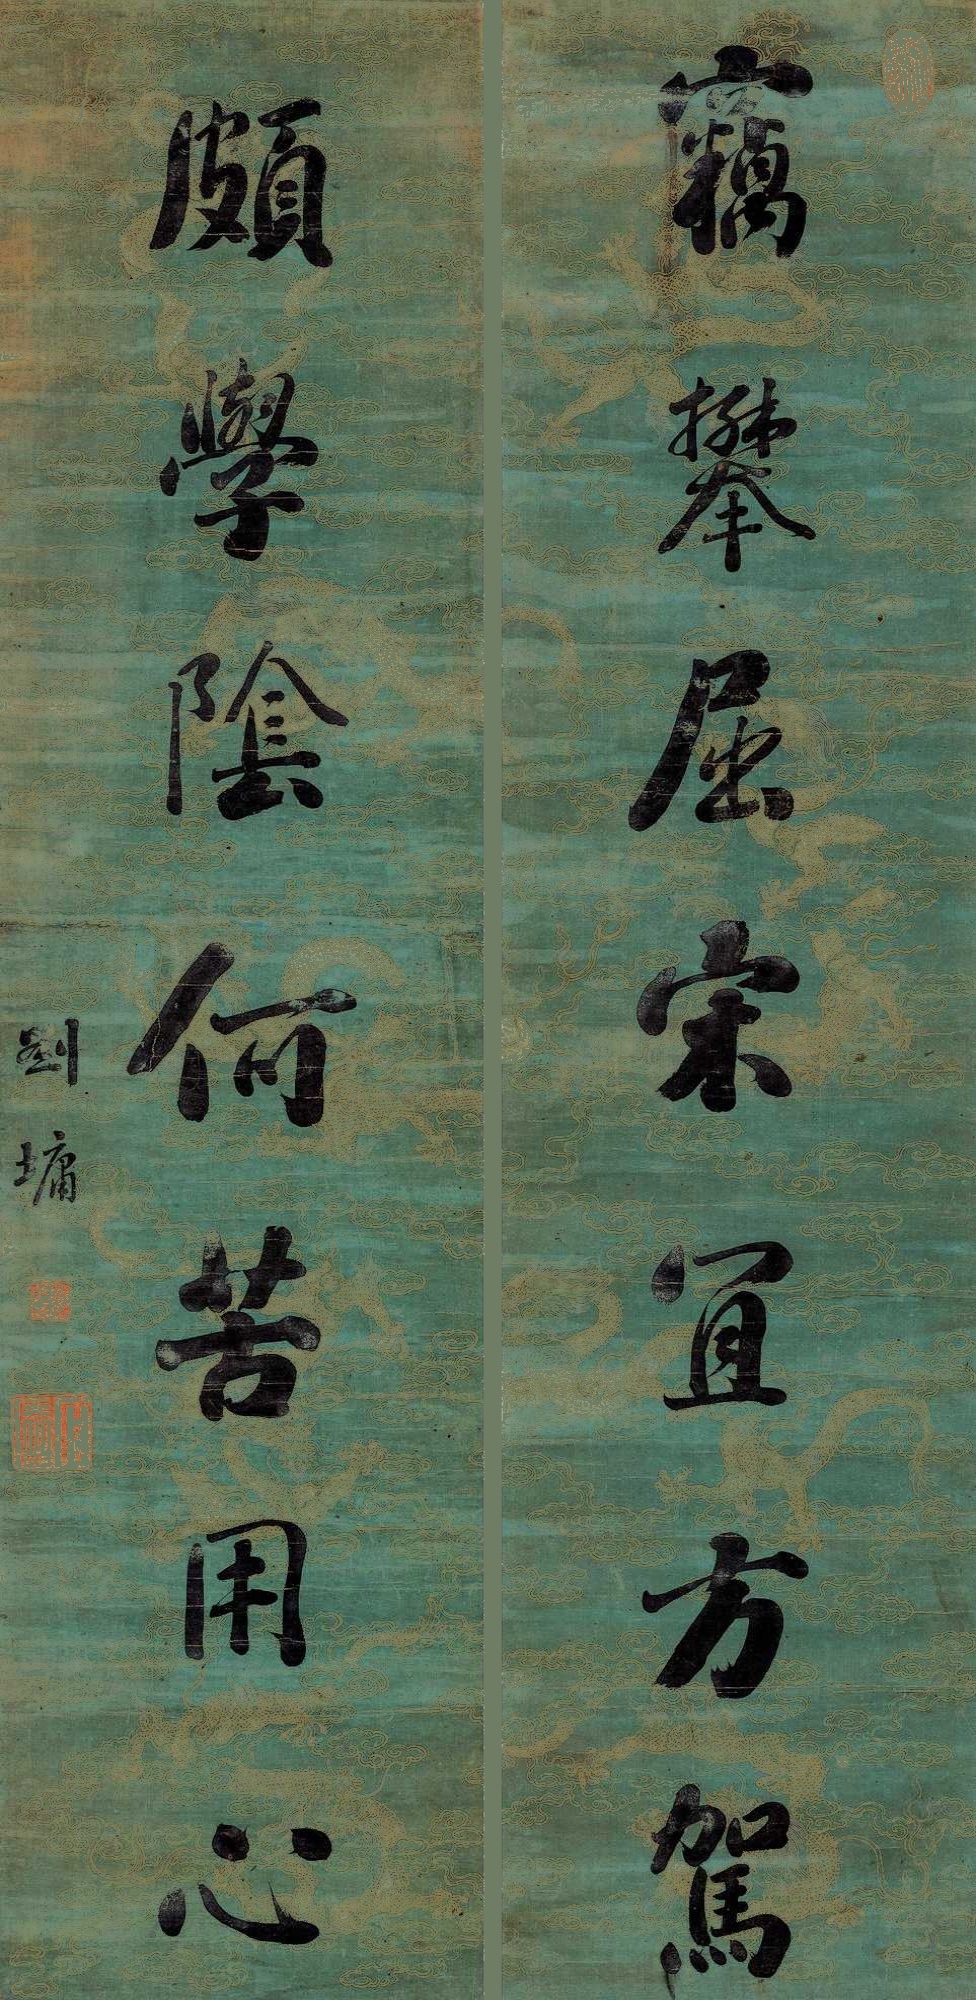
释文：窃攀屈宋宜方驾，颇学阴何苦用心。刘墉。